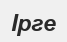
Ірге